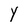
Character: Y